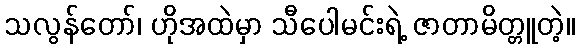
သလွန်တော်၊ ဟိုအထဲမှာ သီပေါမင်းရဲ့ ဇာတာမိတ္တူတဲ့။